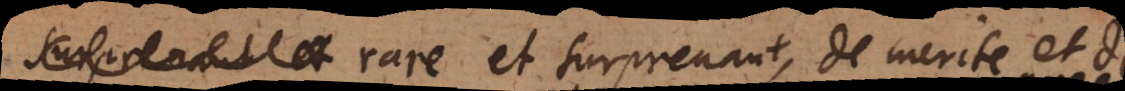
rare et surprenant, de merite et de